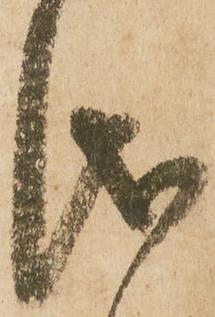
儀